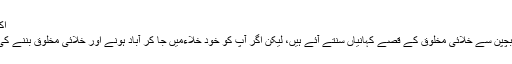
اکتوبر 14, 2016 (1:42 صبح) بین الاقوامی
پیرس(قدرت روزنامہ13-اکتوبر-2016) ہم بچپن سے خلائی مخلوق کے قصے کہانیاں سنتے آئے ہیں، لیکن اگر آپ کو خود خلاءمیں جا کر آباد ہونے اور خلائی مخلوق بننے کی پیشکش کی جائے تو آپ کا جواب کیا ہو گا؟